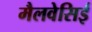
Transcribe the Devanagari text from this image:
मैलवेसिई